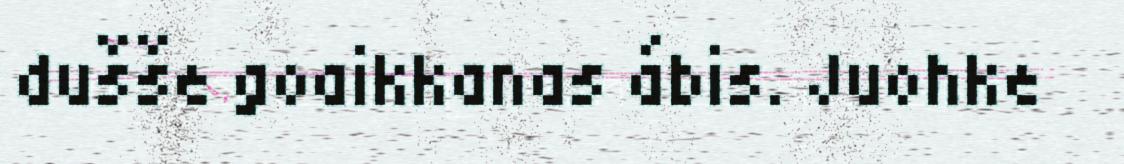
dušše goaikkanas ábis. Juohke